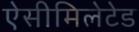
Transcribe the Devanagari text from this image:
ऐसीमिलेटेड